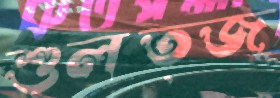
শুলত্জ